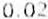
0.02